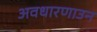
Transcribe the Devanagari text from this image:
अवधारणाउन